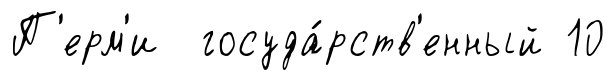
П'ерм'и госуда́рств'енный 10